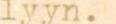
lyyn.